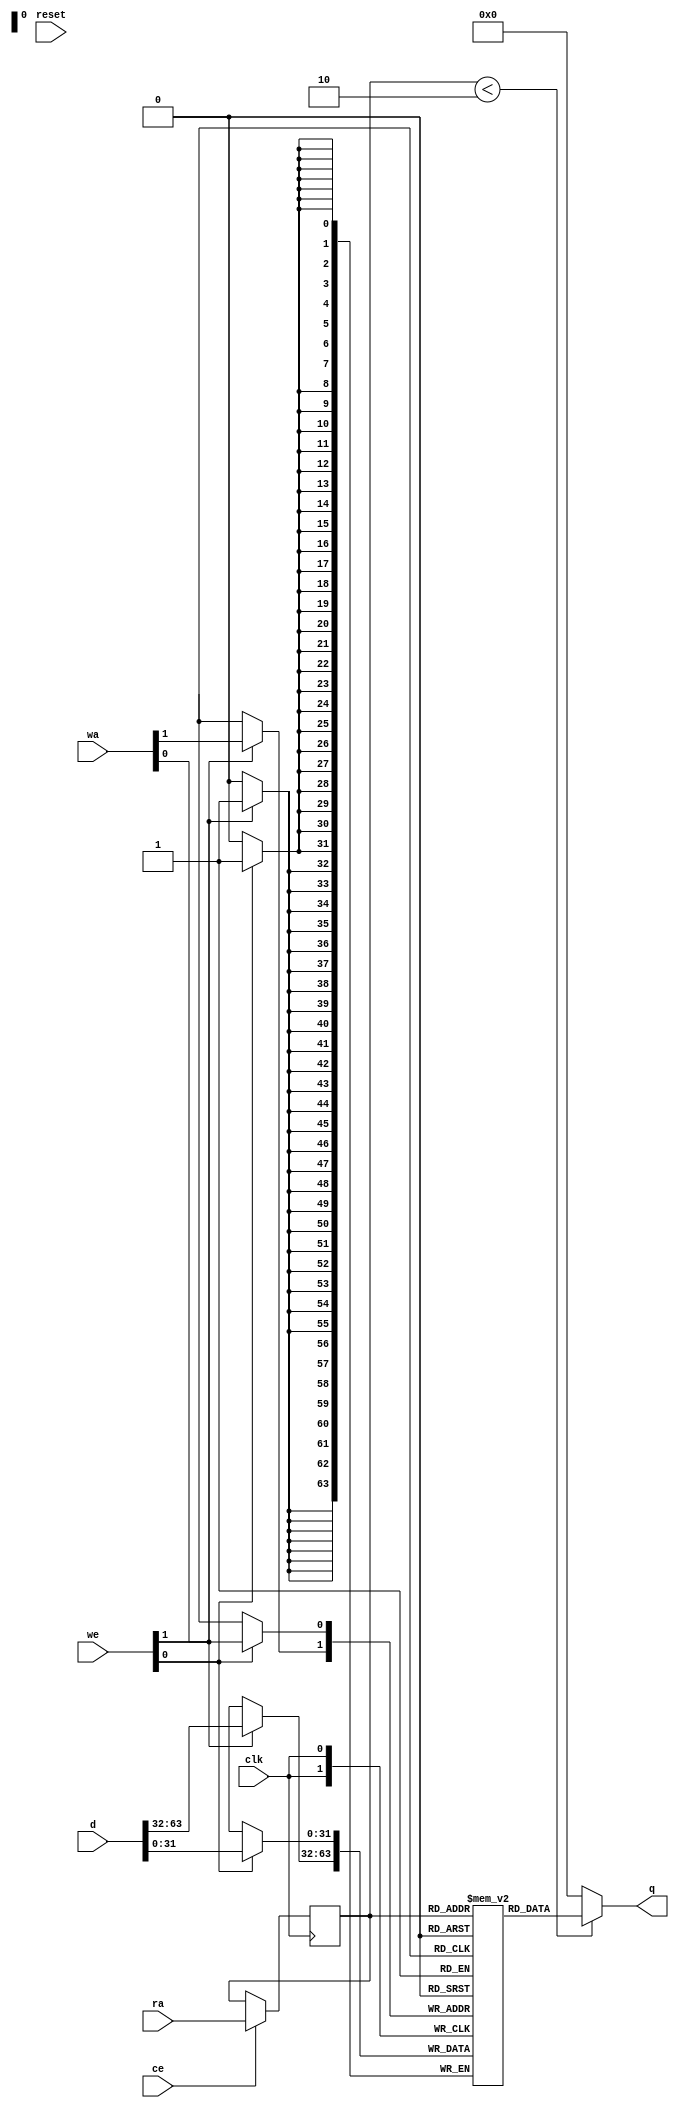
// ==============================================================
// File generated by Vivado(TM) HLS - High-Level Synthesis from C, C++ and SystemC
// Version: 2012.2
// Copyright (C) 2012 Xilinx Inc. All rights reserved.
// 
// ==============================================================



`timescale 1 ns / 1 ps




module generate_board_counts_result_p3_core (q, ra, ce, reset, clk
, d, wa, we);
    parameter READ_PORT_COUNT=32'd1;
    parameter WRITE_PORT_COUNT=32'd2;
    parameter DATA_WIDTH=32'd32;
    parameter ADDRESS_WIDTH=32'd1;
    parameter WORD_COUNT=32'd2;

    output [READ_PORT_COUNT*DATA_WIDTH-1:0] q;
    input [READ_PORT_COUNT*ADDRESS_WIDTH-1:0]  ra;
    input [READ_PORT_COUNT-1:0]  ce;
    input [WRITE_PORT_COUNT*DATA_WIDTH-1:0] d;
    input [WRITE_PORT_COUNT*ADDRESS_WIDTH-1:0] wa;
    input [WRITE_PORT_COUNT-1:0]               we;
    input                                      reset;
    input                                      clk;

    integer                                    i,j;

    reg [DATA_WIDTH-1:0]                       mem [0:WORD_COUNT-1];
    reg [ADDRESS_WIDTH-1:0]                    rat;
    reg [ADDRESS_WIDTH-1:0]                    rai [READ_PORT_COUNT-1:0];
    reg [ADDRESS_WIDTH-1:0]                    rai_reg [READ_PORT_COUNT-1:0];
    reg [DATA_WIDTH-1:0]                       di [WRITE_PORT_COUNT-1:0];
    reg [DATA_WIDTH-1:0]                       dt;
    reg [ADDRESS_WIDTH-1:0]                    wat;
    reg [ADDRESS_WIDTH-1:0]                    wai [WRITE_PORT_COUNT-1:0];




    // Split input data
    always @ (d) begin
        for (i=0;i<WRITE_PORT_COUNT;i=i+1) begin
            for (j=0;j<DATA_WIDTH;j=j+1) begin
                dt[j]=d[i*DATA_WIDTH+j];
            end
            di[i]=dt;
        end
    end

    // Split write addresses
    always @ (wa) begin
        for (i=0;i<WRITE_PORT_COUNT;i=i+1) begin
            for (j=0;j<ADDRESS_WIDTH;j=j+1) begin
                wat[j]=wa[i*ADDRESS_WIDTH+j];
            end
            wai[i]=wat;
        end
    end

    // Write memory
    always @ (posedge clk) begin
        for (j=0;j<WRITE_PORT_COUNT;j=j+1) begin
            if (we[j]) begin
                mem[wai[j]] <= di[j];
            end
        end
    end

    // Split read addresses
    always @ (ra) begin
        for (i=0;i<READ_PORT_COUNT;i=i+1) begin
            for (j=0;j<ADDRESS_WIDTH;j=j+1) begin
                rat[j]=ra[i*ADDRESS_WIDTH+j];
            end
            rai[i]=rat;
        end
    end

    // guide read addresses using CE
    always @ (posedge clk) begin
        for (i=0;i<READ_PORT_COUNT;i=i+1) begin
            if ( ce[i] ) begin
                rai_reg[i] <= rai[i];
            end
        end
    end


    // Memory read
    genvar x;
    generate
        for (x = 0; x < READ_PORT_COUNT; x = x + 1) begin : gen_q
            assign q[x*DATA_WIDTH+DATA_WIDTH-1:x*DATA_WIDTH] = (rai_reg[x]<WORD_COUNT)?
                mem[rai_reg[x]] : {DATA_WIDTH{1'b0}};
        end
    endgenerate

endmodule


module generate_board_counts_result_p3 (
    address0,
    ce0,
    q0,
    we0,
    d0,

    address1,
    ce1,
    we1,
    d1,

    reset,
    clk);


parameter DataWidth = 32'd32;
parameter AddressRange = 32'd2;
parameter AddressWidth = 32'd1;

input[AddressWidth-1:0] address0;
input ce0;
output[DataWidth-1:0] q0;
input we0;
input[DataWidth-1:0] d0;
input[AddressWidth-1:0] address1;
input ce1;
input we1;
input[DataWidth-1:0] d1;
input reset;
input clk;


reg[DataWidth-1:0] q0;
wire[1 * DataWidth - 1:0] mem_q;
wire[DataWidth - 1:0] mem_q0;
wire[2 - 1:0] mem_we;
wire[2 * DataWidth - 1:0] mem_d;
wire[2 * AddressWidth - 1:0] mem_wa;
wire[1 * AddressWidth - 1:0]  mem_ra;
wire[1 - 1:0]  mem_ce;


wire __re__[0:2-1];
wire __we__[0:2-1];
wire [AddressWidth-1:0] __addr__[0:2-1];


generate_board_counts_result_p3_core #(
    .READ_PORT_COUNT( 1 ),
    .WRITE_PORT_COUNT( 2 ),
    .DATA_WIDTH( DataWidth ),
    .ADDRESS_WIDTH( AddressWidth ),
    .WORD_COUNT( AddressRange ))
core_inst (
    .q( mem_q ),
    .ra( mem_ra ),
    .ce( mem_ce ),
    .d( mem_d ),
    .wa( mem_wa ),
    .we( mem_we ),
    .reset( reset ),
    .clk( clk ));


assign mem_q0 =  mem_q[1 * DataWidth - 1 : 0 * DataWidth];

always @ (mem_q0) begin
        q0 = mem_q0;
end

assign mem_ra = {address0};
assign mem_ce = {ce0};

assign mem_we[1] = we0;

assign mem_we[0] = we1;

assign mem_d = {d0, d1};

assign mem_wa = {address0, address1};

assign __re__[0]   = ce0 & ~we0;
assign __we__[0]   = ce0 & we0;
assign __addr__[0] = address0;
assign __re__[1]   = 1'b0;
assign __we__[1]   = ce1 & we1;
assign __addr__[1] = address1;


// check collision
always @(posedge clk) begin : check_collision
    integer i, j, f;
    f = 0;
    for (i = 0; i < 1; i = i + 1) begin
        for (j = i + 1; j < 2; j = j + 1) begin
            if (__addr__[i] == __addr__[j]) begin
                if (__we__[i] & __we__[j]) begin
                    $display("Warning: collision occurred.");
                    $display("    Port %0d  : write", i);
                    $display("    Port %0d  : write", j);
                    $display("    Address : %0d(0x%0h)", __addr__[i], __addr__[i]);
                    f = 1;
                end
                else if (__we__[i] & __re__[j]) begin
                    $display("Warning: collision occurred.");
                    $display("    Port %0d  : write", i);
                    $display("    Port %0d  : read", j);
                    $display("    Address : %0d(0x%0h)", __addr__[i], __addr__[i]);
                    f = 1;
                end
                else if (__re__[i] & __we__[j]) begin
                    $display("Warning: collision occurred.");
                    $display("    Port %0d  : read", i);
                    $display("    Port %0d  : write", j);
                    $display("    Address : %0d(0x%0h)", __addr__[i], __addr__[i]);
                    f = 1;
                end
                if (f) begin
                    // $finish;
                end
            end
        end
    end
end


endmodule